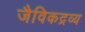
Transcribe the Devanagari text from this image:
जैविकद्रव्य